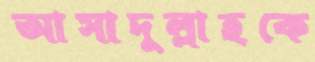
আসাদুল্লাহকে